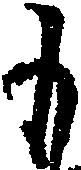
も